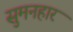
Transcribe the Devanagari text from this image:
सुमनहार